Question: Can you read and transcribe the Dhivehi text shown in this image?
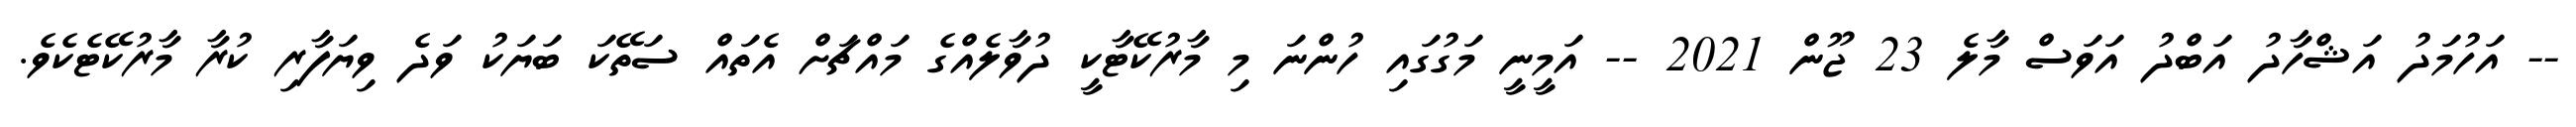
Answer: -- އަހުމަދު އަޝްހާދު އަބްދު އަވަސް މާލެ 23 ޖޫން 2021 -- އަމީނީ މަގުގައި ހުންނަ މި މާރުކޭޓާކީ ދުވާލެއްގެ މައްޗަށް އެތައް ސަތޭކަ ބަޔަކު ވަދެ ވިޔަފާރި ކުރާ މާރުކޭޓެކެވެ.